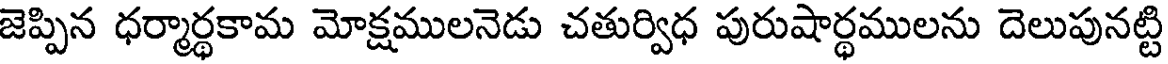
జెప్పిన ధర్మార్థకామ మోక్షములనెడు చతుర్విధ పురుషార్థములను దెలుపునట్టి